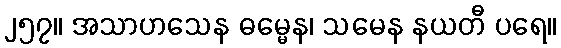
၂၅၇။ အသာဟသေန ဓမ္မေန၊ သမေန နယတီ ပရေ။